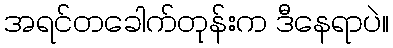
အရင်တခေါက်တုန်းက ဒီနေရာပဲ။